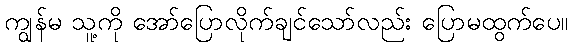
ကျွန်မ သူ့ကို အော်ပြောလိုက်ချင်သော်လည်း ပြောမထွက်ပေ။